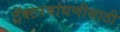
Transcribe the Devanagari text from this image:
ट्रॅक्टरबांधणीसाठी